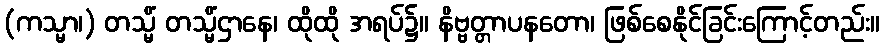
(ကသ္မာ၊) တသ္မိံ တသ္မိံဌာနေ၊ ထိုထို အရပ်၌။ နိဗ္ဗတ္တာပနတော၊ ဖြစ်စေနိုင်ခြင်းကြောင့်တည်း။